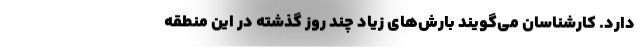
دارد. کارشناسان می‌گویند بارش‌های‌ زیاد چند روز گذشته در این منطقه